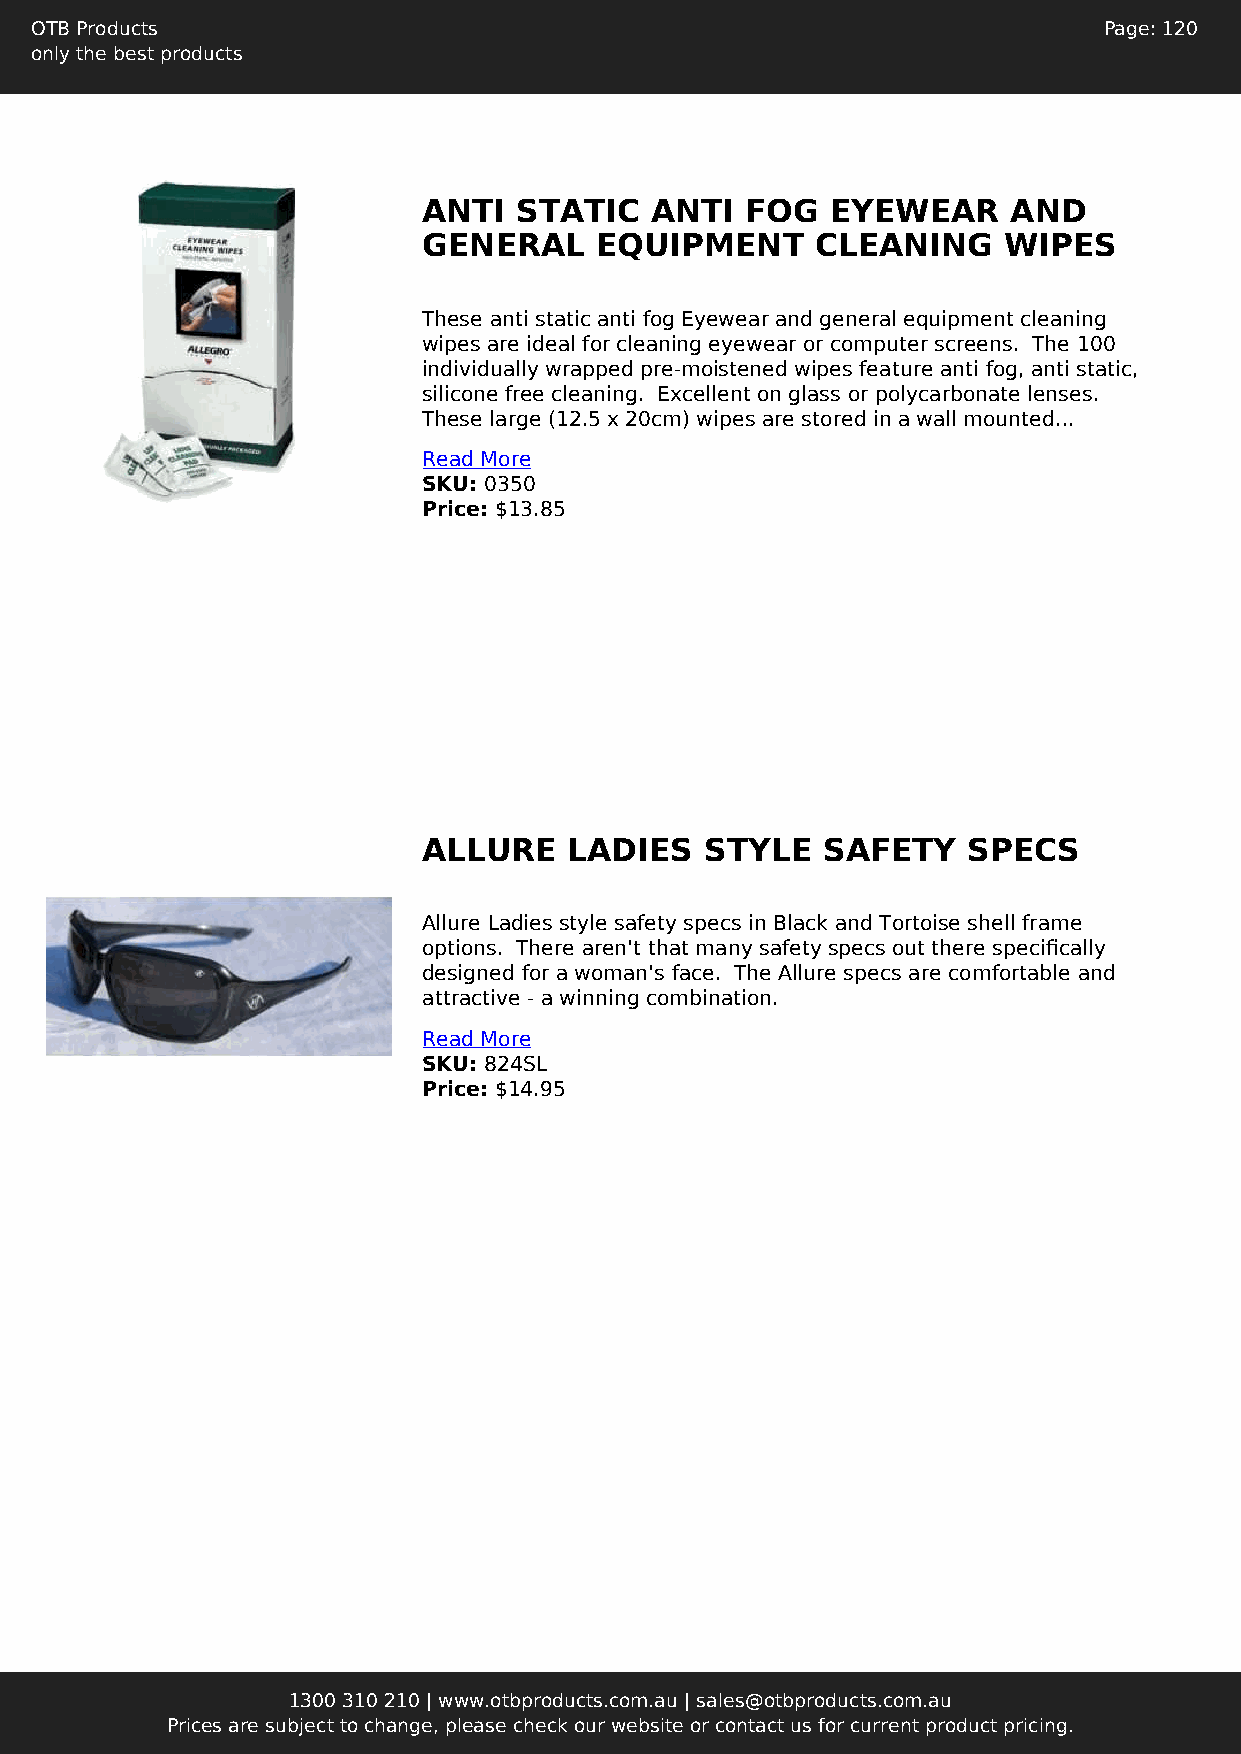
OTB Products                                                           Page: 120
 only the best products
 ANTI  STATIC   ANTI  FOG   EYEWEAR     AND
 GENERAL    EQUIPMENT      CLEANING    WIPES
 These anti static anti fog Eyewear and general equipment cleaning
 wipes are ideal for cleaning eyewear or computer screens. The 100
 individually wrapped pre-moistened wipes feature anti fog, anti static,
 silicone free cleaning. Excellent on glass or polycarbonate lenses.
 These large (12.5 x 20cm) wipes are stored in a wall mounted...
 Read More
 SKU: 0350
 Price: $13.85
 ALLURE    LADIES   STYLE  SAFETY    SPECS
 Allure Ladies style safety specs in Black and Tortoise shell frame
 options. There aren't that many safety specs out there specifically
 designed for a woman's face. The Allure specs are comfortable and
 attractive - a winning combination.
 Read More
 SKU: 824SL
 Price: $14.95
 1300 310 210 | www.otbproducts.com.au | sales@otbproducts.com.au
 Prices are subject to change, please check our website or contact us for current product pricing.